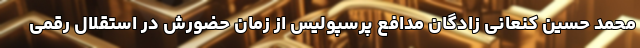
محمد حسین کنعانی زادگان مدافع پرسپولیس از زمان حضورش در استقلال رقمی